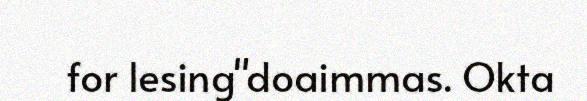
for lesing"doaimmas. Okta